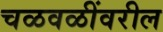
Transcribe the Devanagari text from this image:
चळवळींवरील